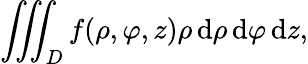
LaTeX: \iiint_{D}f(\rho,\varphi,z)\rho\, \mathrm{d}\rho\, \mathrm{d}\varphi\, \mathrm{d}z,